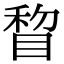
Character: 睝